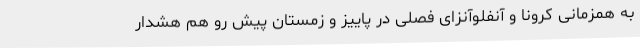
به همزمانی کرونا و آنفلوآنزای فصلی در پاییز و زمستان پیش رو هم هشدار